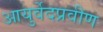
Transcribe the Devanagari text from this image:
आयुर्वेदप्रवीण